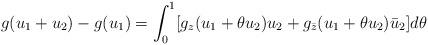
LaTeX: \begin{align*}g(u_1+u_2)-g(u_1)=\int_0^1 [g_z(u_1+\theta u_2) u_2 +g_{\bar{z}}(u_1+\theta u_2)\bar{u}_2] d\theta\end{align*}